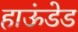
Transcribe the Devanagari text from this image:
हाऊंडेड